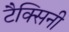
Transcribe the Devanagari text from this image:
टैक्सिनी